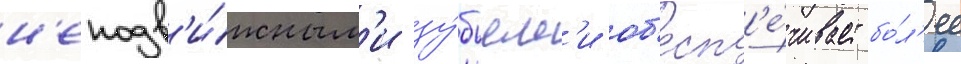
н'еподв'и́жным'и зу́бьям'и об'есп'е́чивает бо́л'ее